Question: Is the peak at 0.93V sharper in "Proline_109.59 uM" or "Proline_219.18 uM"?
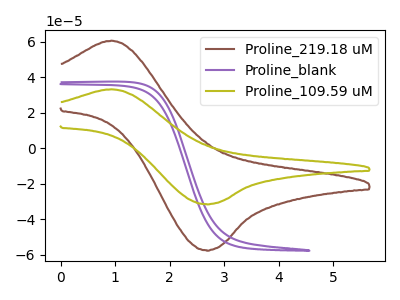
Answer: <think>The brown curve "Proline_219.18 uM" has an anodic peak at (0.95V, 60.75uA) and a cathodic peak at (2.70V, -57.55uA). The purple curve "Proline_blank" has no peaks. The olive curve "Proline_109.59 uM" has an anodic peak at (0.95V, 33.30uA) and a cathodic peak at (2.70V, -31.55uA).</think>
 <answer>The peak at 0.93V is lower in "Proline_109.59 uM" than in "Proline_219.18 uM".</answer>
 <eval>lower</eval>